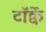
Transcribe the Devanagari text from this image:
टॉर्क्वे